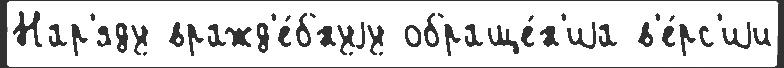
Нар'яду вражд'е́бнуjу обраще́н'иjа в'е́рс'иjи